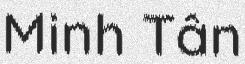
Minh Tân